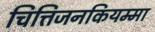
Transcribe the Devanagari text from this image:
चित्तिजनकियम्मा